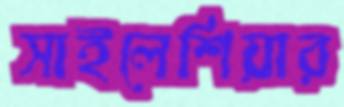
সাইলেশিয়ার